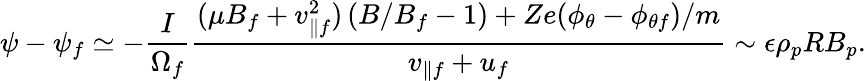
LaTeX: \psi-\psi_{f}\simeq-\frac{I}{\Omega_{f}}\frac{(\mu B_{f}+v_{\parallel f}^{2})\left(B/B_{f}-1\right)+Ze(\phi_{\theta}-\phi_{\theta f})/m}{v_{\parallel f}+u_{f}}\sim\epsilon\rho_{p}RB_{p}.